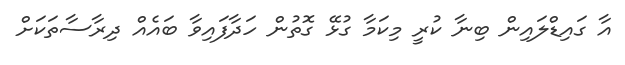
އާ ގައިޑްލައިން ބިނާ ކުރީ މިކަމާ ގުޅޭ ގޮތުން ހަދާފައިވާ ބައެއް ދިރާސާތަކަށް